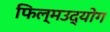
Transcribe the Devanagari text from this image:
फिल्मउद्योग